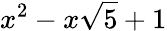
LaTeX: x^{2}-x\sqrt{5}+1